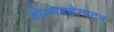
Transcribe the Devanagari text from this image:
वोल्वरहेम्पटन